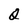
Character: Q